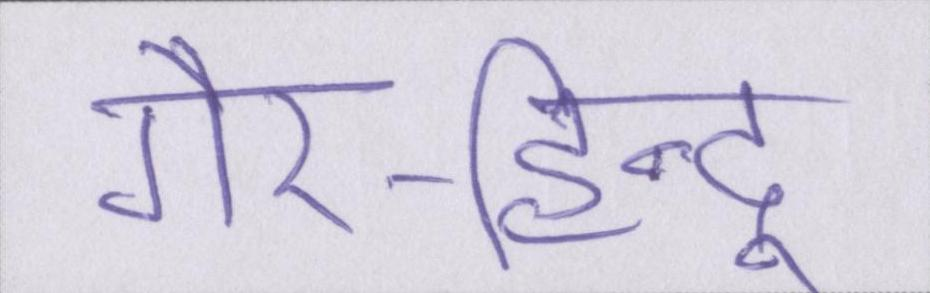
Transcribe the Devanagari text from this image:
गैर-हिन्दू